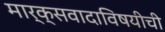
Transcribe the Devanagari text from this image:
मार्क्सवादाविषयीची